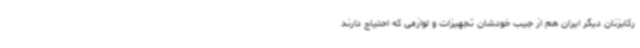
رکابزنان دیگر ایران هم از جیب خودشان تجهیزات و لوازمی که احتیاج دارند